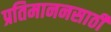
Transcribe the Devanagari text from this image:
प्रतिमाननसाठी